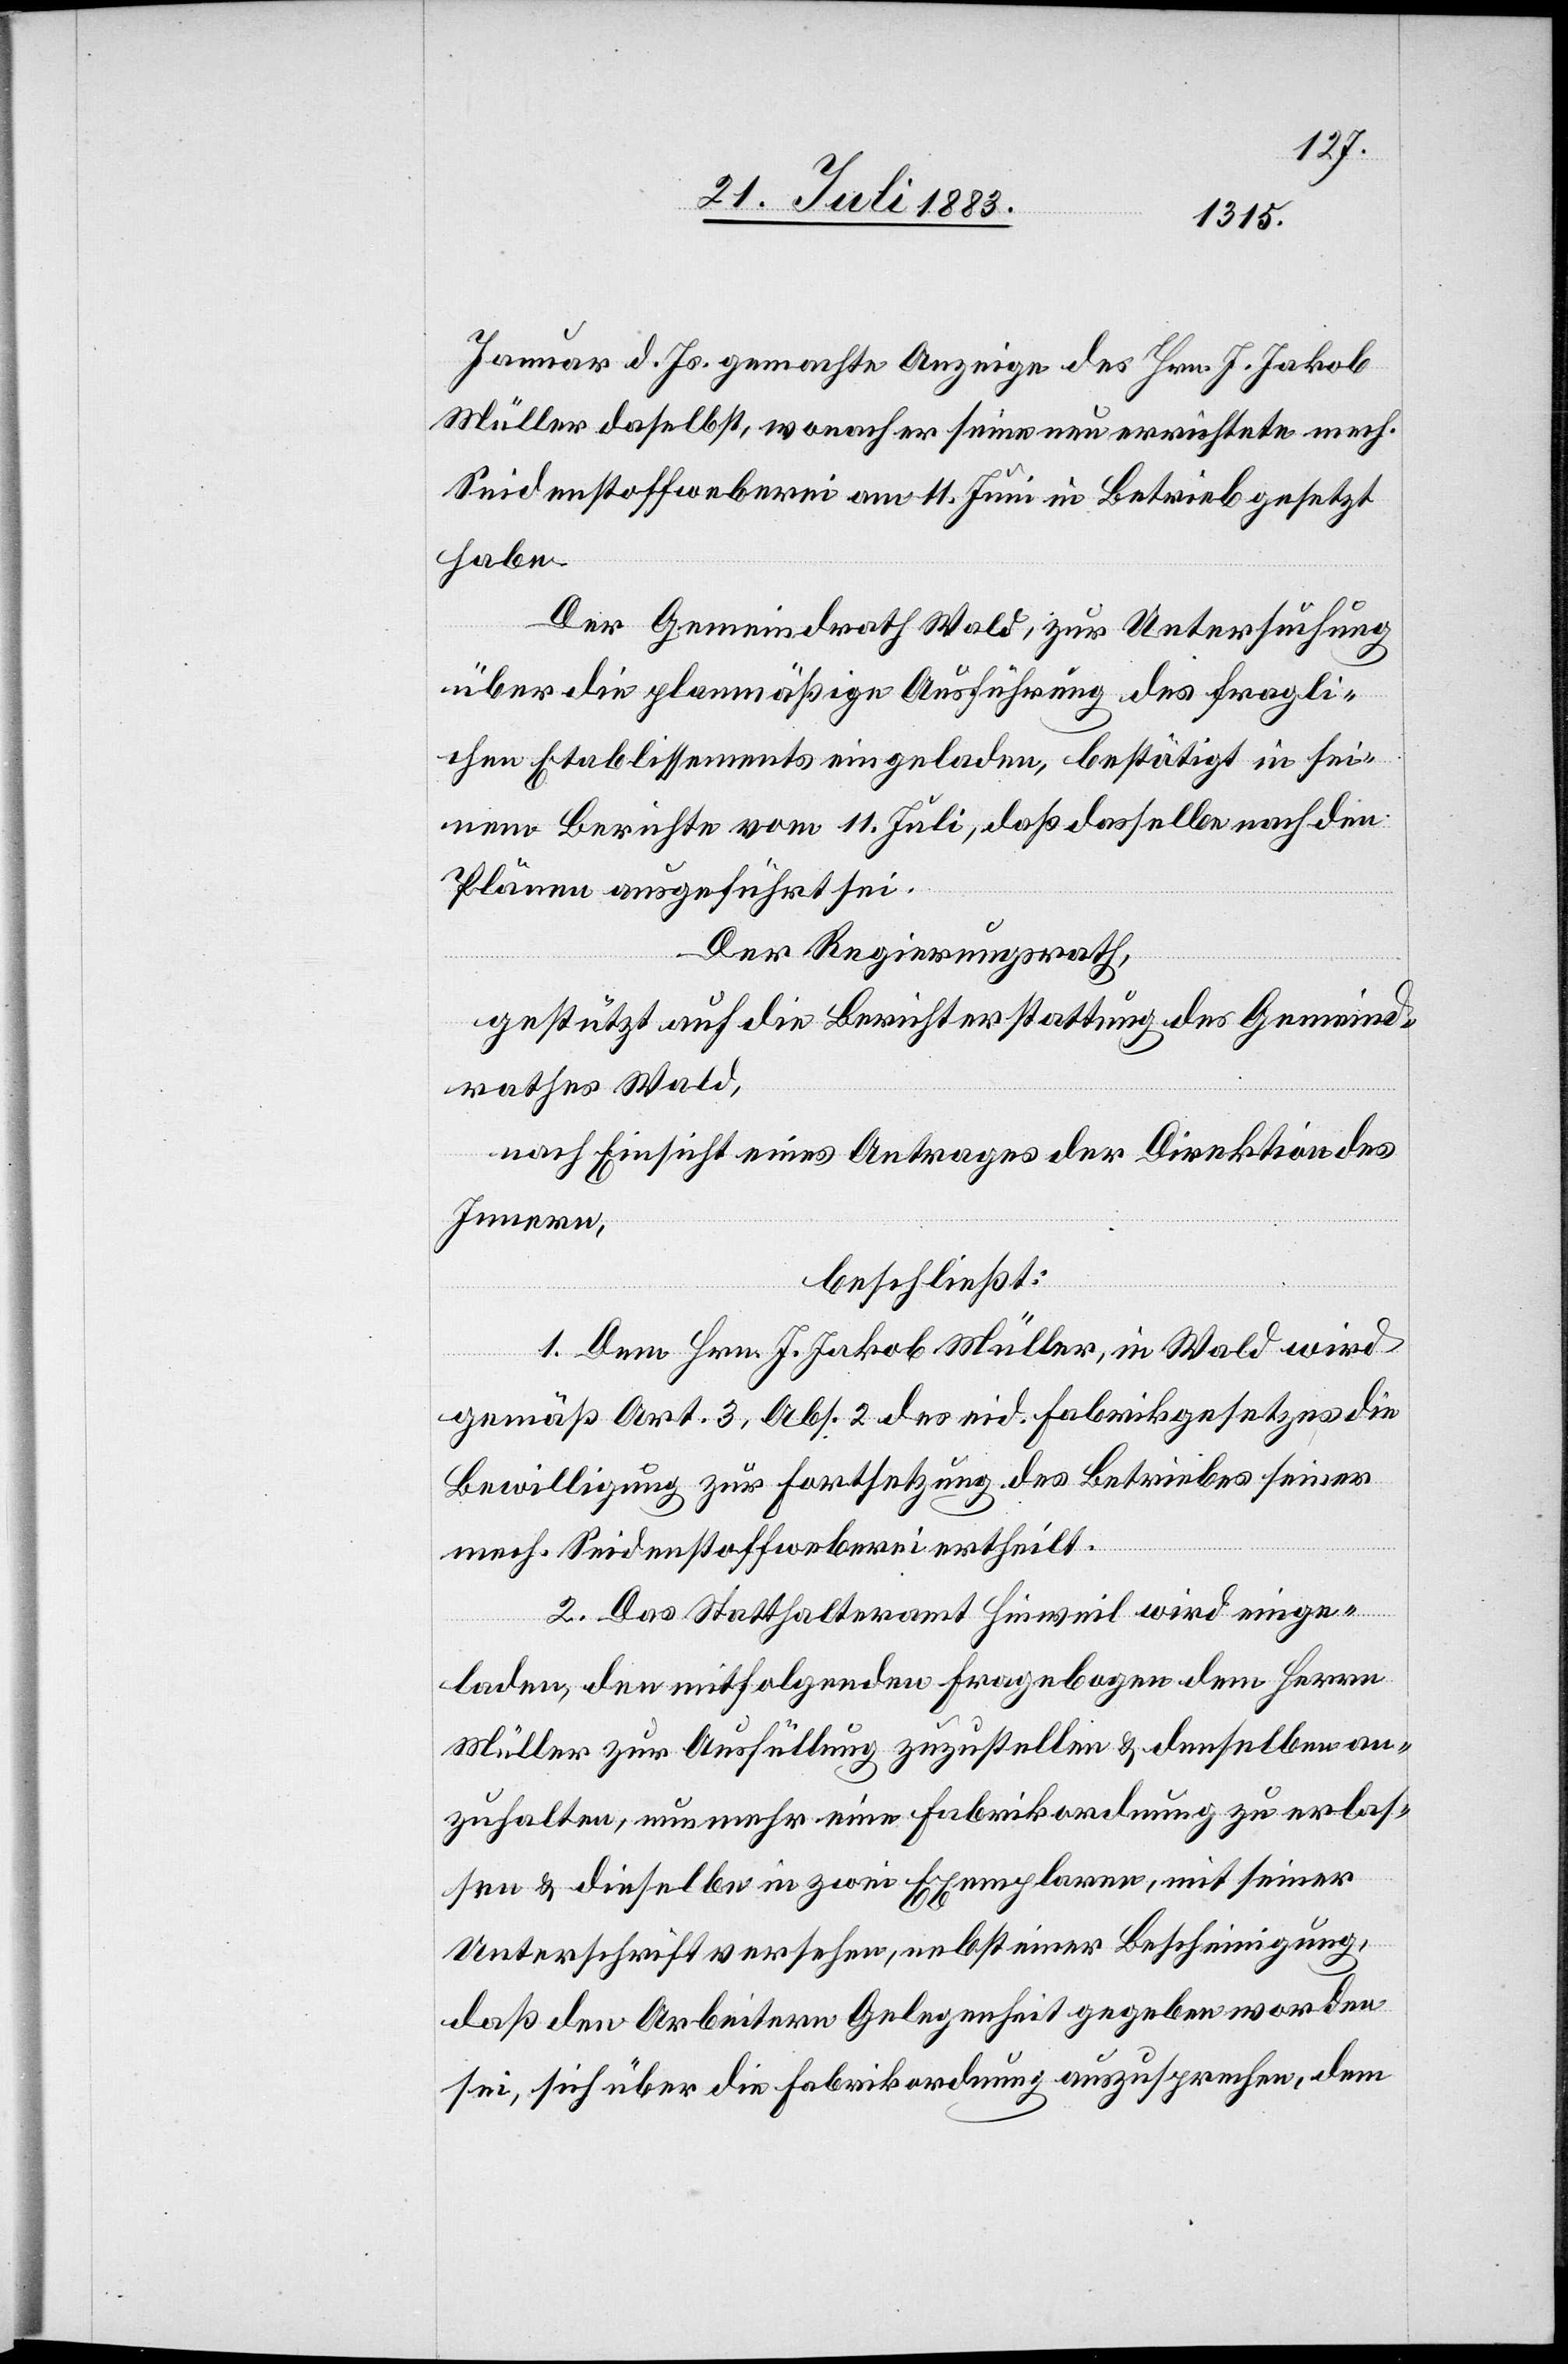
Januar d. Js. gemachte Anzeige des Hrn. J. Jakob
Müller daselbst, wonach er seine neu errichtete mech.
Seidenstoffweberei am 11. Juni in Betrieb gesetzt
habe.
Der Gemeindrath, zur Untersuchung
über die planmäßige Ausführung des fragli¬
chen Etablissements eingeladen, bestätigt in sei¬
nem Berichte vom 11. Juli, daß dasselbe nach den
Plänen ausgeführt sei.
Der Regierungsrath,
gestützt auf die Berichterstattung des Gemeind¬
rathes Wald,
nach Einsicht eines Antrages der Direktion des
Innern,
beschließt:
1. Dem Hrn. J. Jakob Müller, in Wald wird
gemäß Art. 3, Abs. 2 des eid. Fabrikgesetzes die
Bewilligung zur Fortsetzung des Betriebes seiner
mech. Seidenstoffweberei ertheilt.
2. Das Statthalteramt Hinweil wird einge¬
laden, den mitfolgenden Fragebogen dem Herrn
Müller zur Ausfüllung zuzustellen & denselben an¬
zuhalten, nunmehr eine Fabrikordnung zu erlas¬
sen & dieselbe in zwei Exemplaren, mit seiner
Unterschrift versehen, nebst einer Bescheinigung,
daß den Arbeitern Gelegenheit gegeben worden
sei, sich über die Fabrikordnung auszusprechen, dem